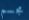
مجسم